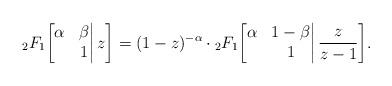
LaTeX: \begin{align*}{}_{2}F_1\bigg[\begin{matrix}\alpha&\beta\\&1\end{matrix}\bigg|\,z\bigg]=(1-z)^{-\alpha}\cdot{}_{2}F_1\bigg[\begin{matrix}\alpha&1-\beta\\&1\end{matrix}\bigg|\,\frac{z}{z-1}\bigg].\end{align*}